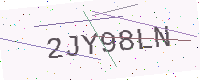
Text: 2JY98LN